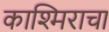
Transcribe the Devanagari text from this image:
काश्मिराचा